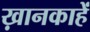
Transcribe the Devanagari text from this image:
ख़ानकाहें